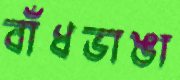
বাঁধভাঙা